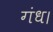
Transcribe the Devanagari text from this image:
गंध।